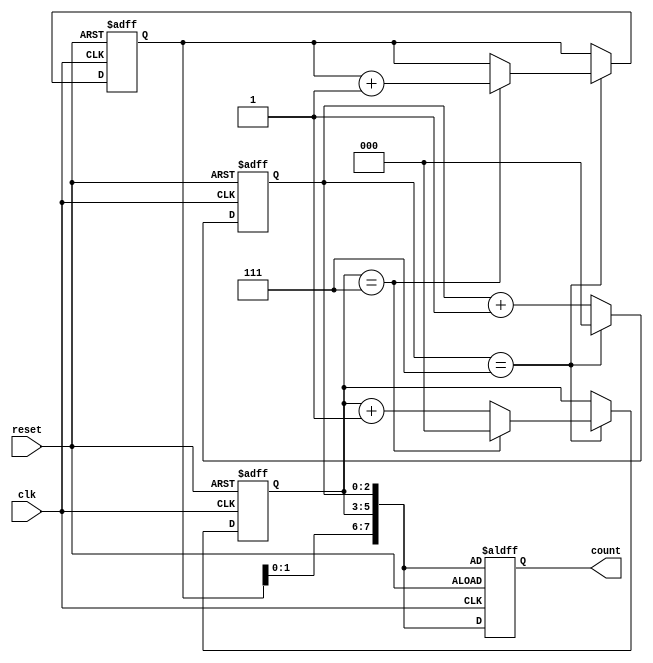
module cascaded_counter(
    input wire clk,
    input wire reset,
    output reg[7:0] count
);

reg[2:0] counter1;
reg[2:0] counter2;
reg[2:0] counter3;

always @(posedge clk or posedge reset) begin
    if (reset) begin
        counter1 <= 0;
        counter2 <= 0;
        counter3 <= 0;
        count <= {counter3, counter2, counter1};
    end else begin
        if (counter1 == 7) begin
            counter1 <= 0;
            if (counter2 == 7) begin
                counter2 <= 0;
                counter3 <= counter3 + 1;
            end else begin
                counter2 <= counter2 + 1;
            end
        end else begin
            counter1 <= counter1 + 1;
        end
        count <= {counter3, counter2, counter1};
    end
end

endmodule